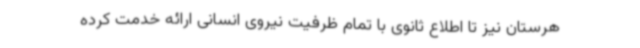
هرستان نیز تا اطلاع ثانوی با تمام ظرفیت نیروی انسانی ارائه خدمت کرده